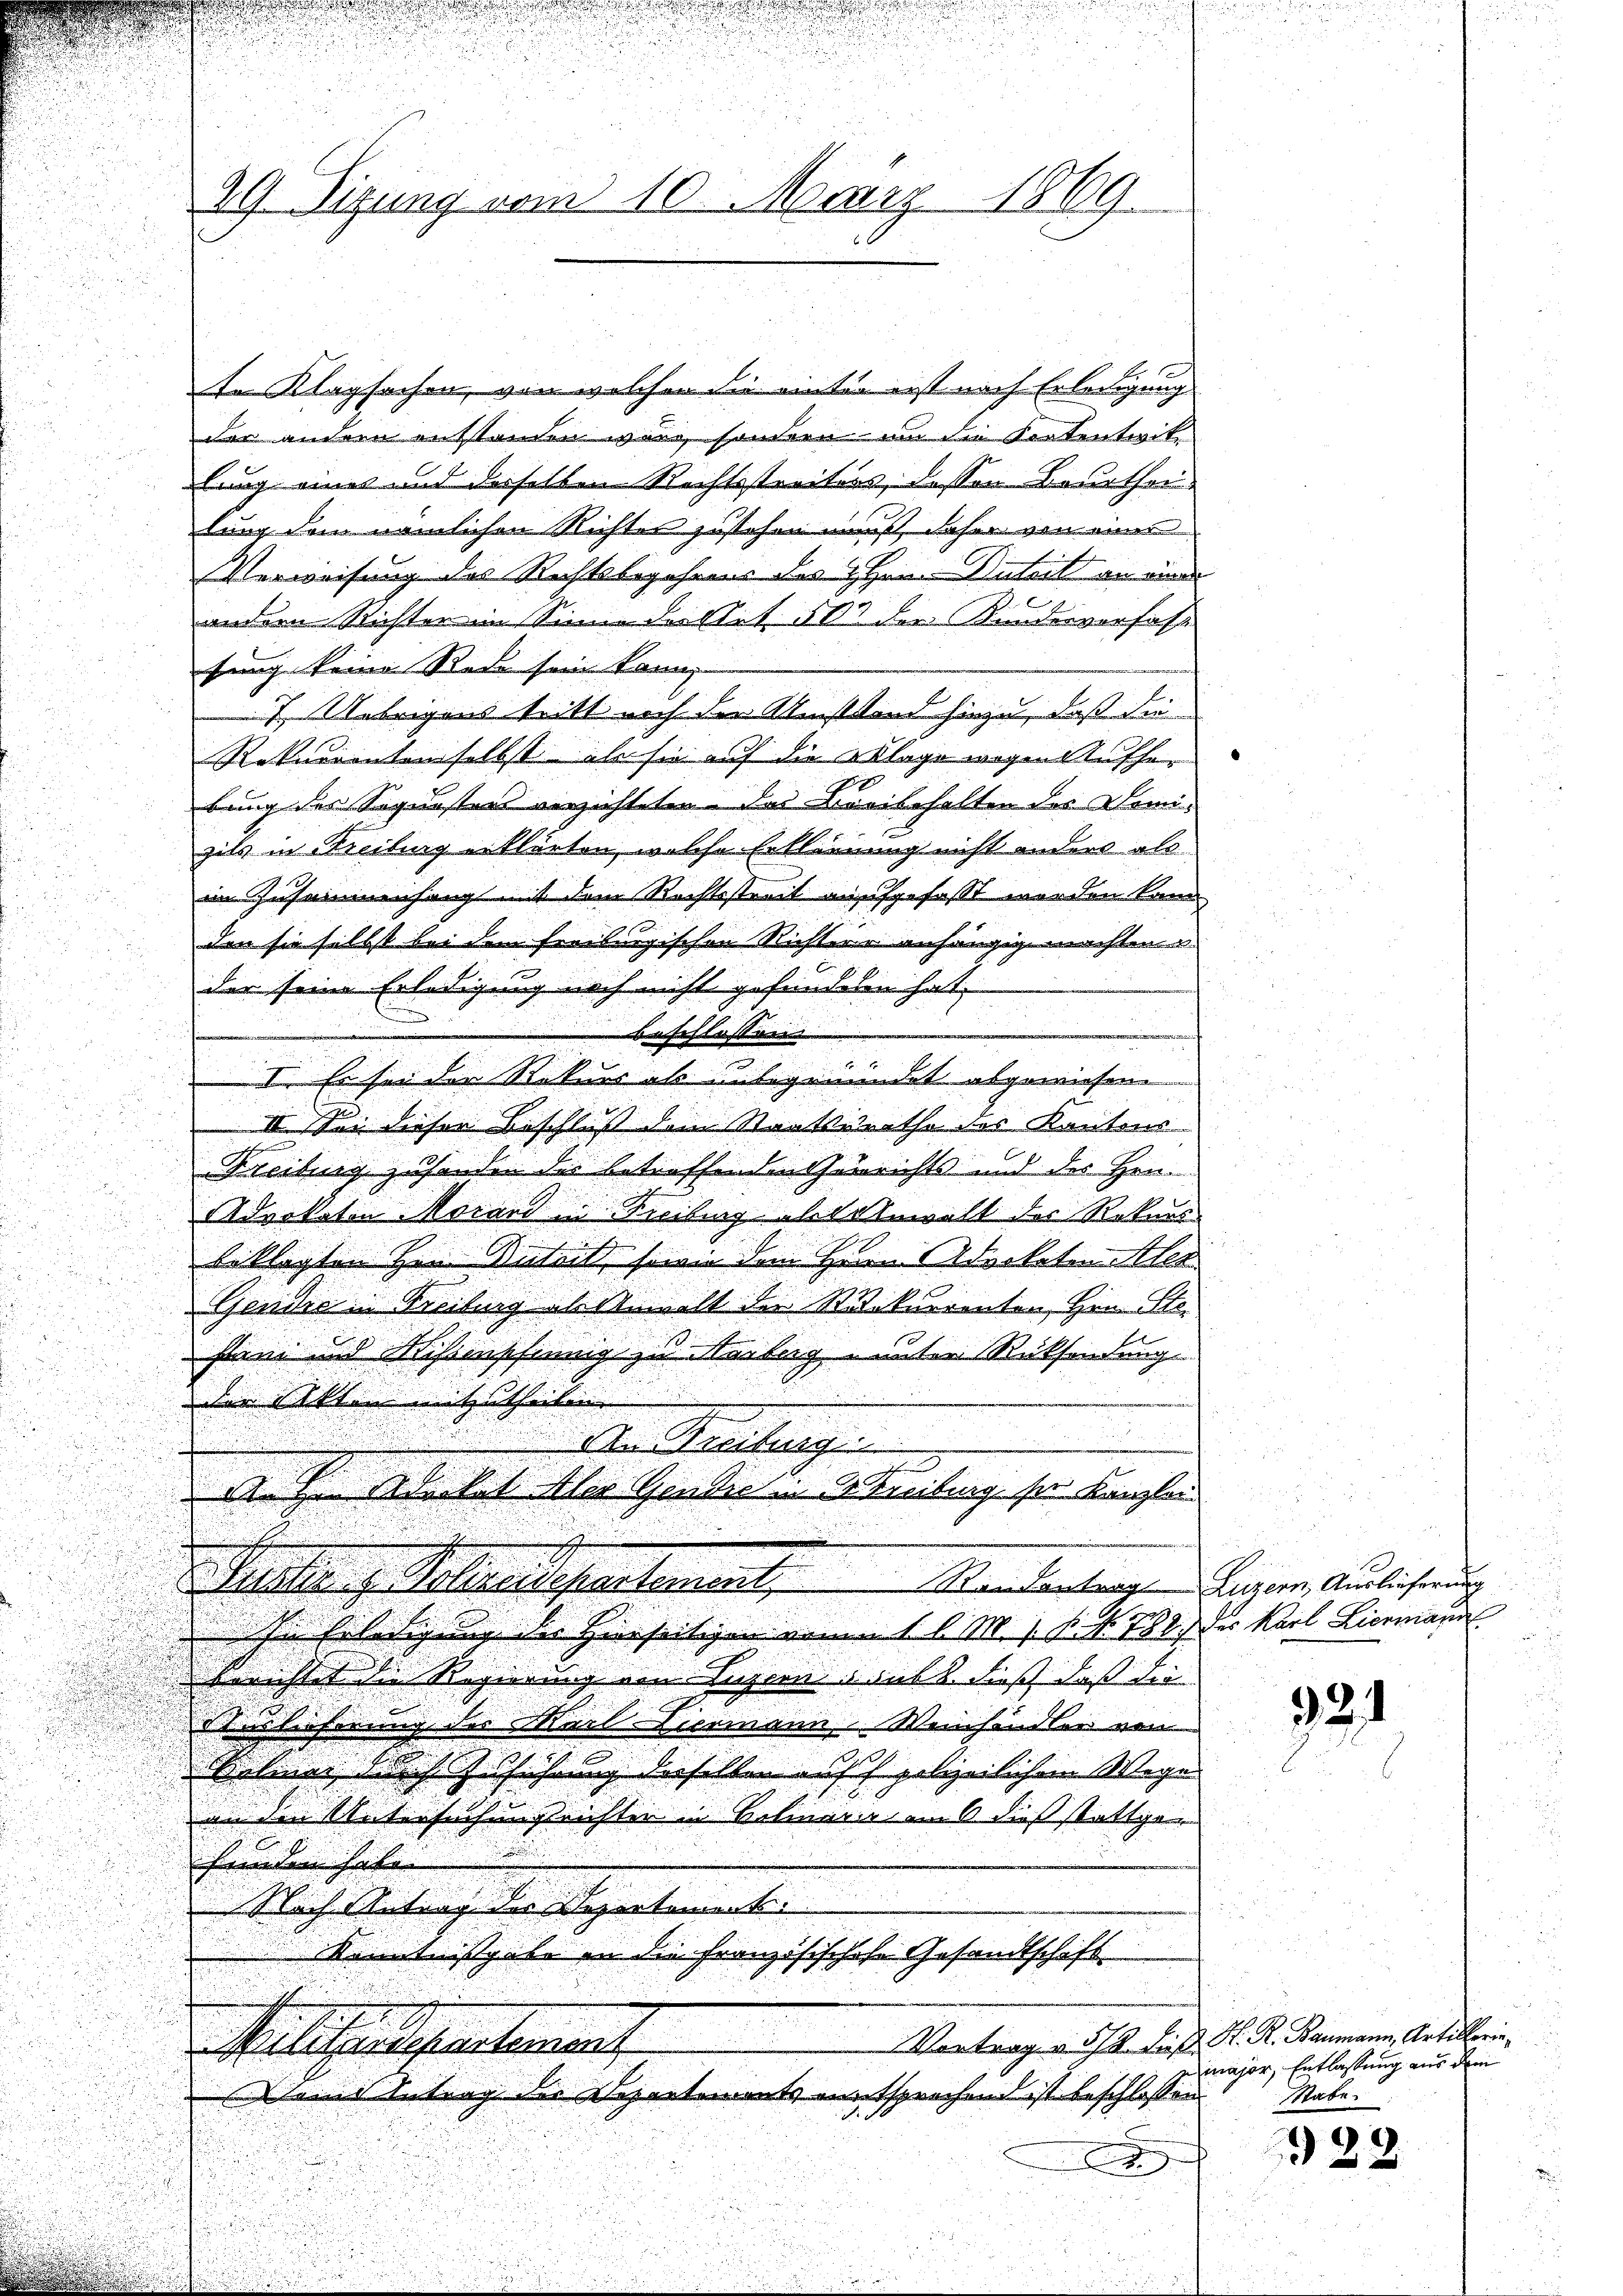
de Klagsachen, von welcher die einter erst nach Erledigung
u
der andern entstanden wäre, sondern um die Kortentrite
lung eines und derselben Rechtsstreiters, dessen Beurthaus
lung dem nämlichen Richtes zustehen muß, daher von einer
Verweisung des Richtsbegehrens des Hrn. Sutert an eine
andern Richter in Sinne der Art. 502 die Kunderverfass
tung keine Rede sein könne
7. Uebrigens tritt noch der Umstand hiezu, daß die
Rekurrenten selbst es sie auf die Klage wegen Aufhe¬
u
bung des Sequesters verzichteten. Das Breibehalten des Domi¬
.
zils in Kreibung erklärten, welche Erkleinung nicht anders als
.
im Zusammenhang mit dem Rechtsstreit aufgefasst worden Land

den sie selbst bei dem freiburgischen Richters anhängig machten

der seine Erledigung noch nicht gefundeten hat
beschlossen
i
i
u
2
VI. Es sei der Rekurs als unbegründet abgewiesen.
.
2

e
2
II. Sei dieser Beschluß dem Staatsstrathe des Kantons

e
Freibung zu handen des Betreffenden Einrichts und des Hen
.
.
n
Advokation Morard in Freibung als Anwalt der Rekurs

beklagten Hrn. Anteil, seien dem Herrn Advokaten Ster

Genie Kreitag es sicht die Stickurrenten, Hrn. Stin

ham in Missenschinnig zu Narberg unter Rücksendung

der Akten mitzutheilen.

St. Greiburg

i
An zu Werkel der Gentre u Breitung sei Kanzlei
Suche & Polizeisepartement Mondanter Luzern, Auslieferung
In Erledigung der Hierseitigen einem 1 l. M. 1. N. N. 788 des Karl Licemand
errichtet die Regierung von Luzern sub b. dieß daß die
d
uslieferung des Marl Fiermann. Weinhändler von
Betiner sich Zuführung dieselben auff pelzeilichem Wege
an den Untersuchungsrichter in Kolinario in dieß stattgen
funden habe.
Nach Antrag der Departementi
Kenntnissgabe in die Französischehe Gesandtschaft
Vortrag v. 312. Fuß. H. R. Baumann, Artillerin¬
Militaendepartement
Deine Antrag die Departements entsprochend ist beschlossen
.

29. Sitzung vom 10. März 1869.

i

u

321

major, Entlassung aus dem
Sabe

928